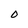
Character: 0